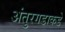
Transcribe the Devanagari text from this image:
अंतुरगडाकडे